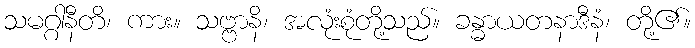
သမဂ္ဂါနီတိ၊ ကား။ သဗ္ဗာနိ၊ အလုံးစုံတို့သည်။ ခန္ဓာယတနာဒီနံ၊ တို့၏။